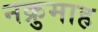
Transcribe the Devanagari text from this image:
नक्रुमाह